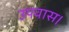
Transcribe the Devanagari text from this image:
उपवास।